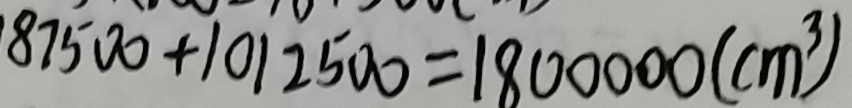
8 7 5 0 0 + 1 0 1 2 5 0 0 = 1 8 0 0 0 0 0 ( c m ^ { 3 } )